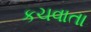
કચવાતા